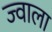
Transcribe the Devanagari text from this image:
ज्‍वाला